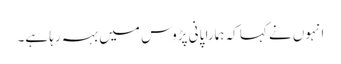
انہوں نے کہا کہ ہمارا پانی پڑوس میں بہہ رہا ہے۔